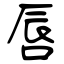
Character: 唇